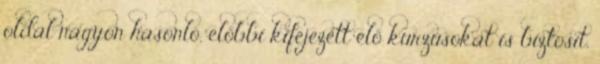
oldal nagyon hasonló, előbbi kifejezett élő kurzusokat is biztosít,